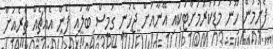
ފެށުމުން ހޫނު މަޑުކުރުމަށްޓަކައި އޭނާއަށް ޖެހުނީ ގަމީސް ބާލައި ފެން އެއްޗެއް ތެރެއަށް